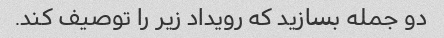
دو جمله بسازید که رویداد زیر را توصیف کند.